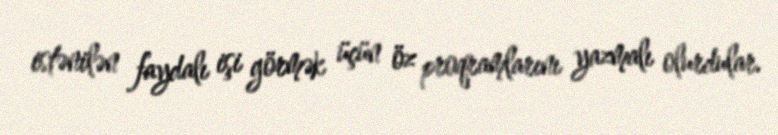
istənilən faydalı işi görmək üçün öz proqramlarını yazmalı olurdular.